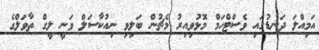
އަމިއްލަ ދަނޑުގައި ވެސްޓްހަމް މޮޅުވިއިރު މެޗުން ބަލިވި ނިއުކާސަލް ވަނީ ލީގް ތާވަލްގެ